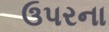
ઉપરના